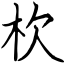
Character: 杴